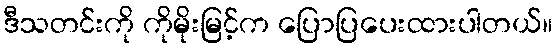
ဒီသတင်းကို ကိုမိုးမြင့်က ပြောပြပေးထားပါတယ်။